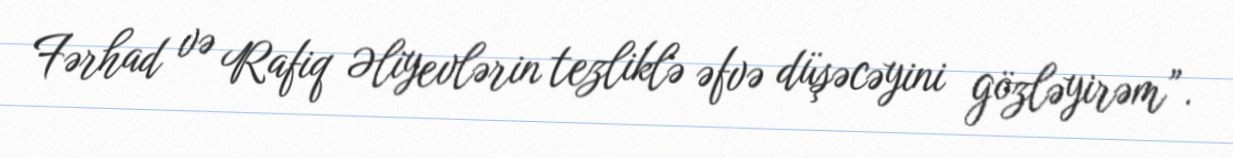
Fərhad və Rafiq Əliyevlərin tezliklə əfvə düşəcəyini gözləyirəm”.